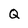
Character: Q